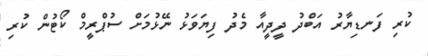
ކުރި ފަނޑިޔާރު އަބްދު ދީދީއާ މެދު ފިޔަވަޅު ނޭޅުމަށް ސުޕްރީމް ކޯޓުން ކުރި